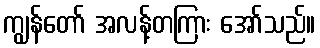
ကျွန်တော် အလန့်တကြား အော်သည်။